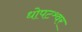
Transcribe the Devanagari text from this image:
धोपटश्र्वर